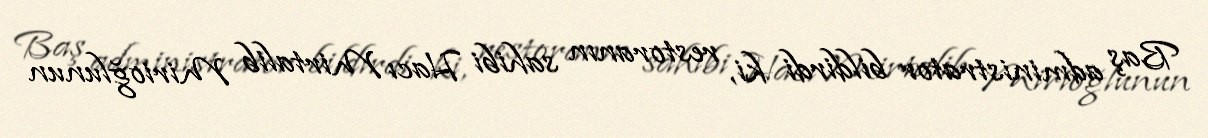
Baş administrator bildirdi ki, restoranın sahibi Hacı Mirtalib Mirioğlunun